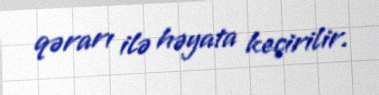
qərarı ilə həyata keçirilir.